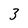
Character: 3